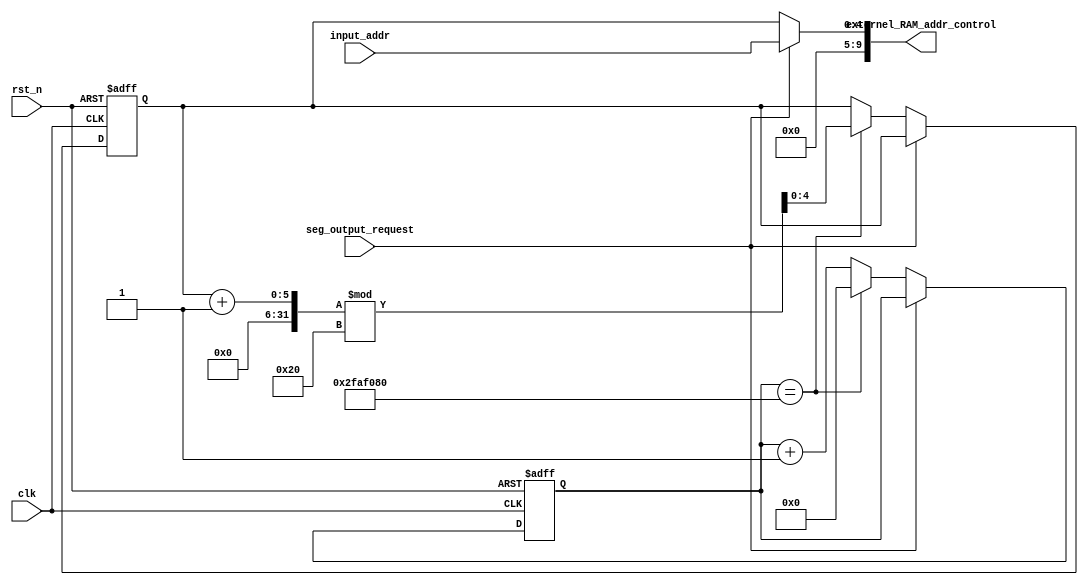
module ExternalRAMAddrControl #(
    parameter RAM_addr_range = 4,
    parameter half_a_second = 26'b10111110101111000010000000,
    parameter display_range = 32,
    parameter display_addr_range = 5
)(
    input rst_n,
    input clk,
    input seg_output_request,
    input [RAM_addr_range : 0] input_addr,
    output [9:0]externel_RAM_addr_control
);

reg [31 : 0]cnt;
reg [display_addr_range - 1 : 0]addr_temp;
always@(posedge clk or negedge rst_n)begin
    if(!rst_n)begin
        cnt <= 0;
        addr_temp <= 0;
    end
    else if(!seg_output_request) begin
            if(cnt == half_a_second)begin
                cnt <= 0;
                addr_temp <= (addr_temp + 1)%display_range;
            end
            else 
                cnt <= cnt + 1;
    end

end

assign externel_RAM_addr_control = seg_output_request ? {5'b0, input_addr[RAM_addr_range : 0]} : addr_temp ;

endmodule